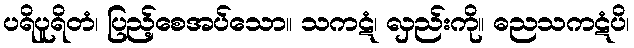
ပရိပူရိတံ၊ ပြည့်စေအပ်သော။ သကဋံ၊ လှည်းကို။ ဓညသကဋံပိ၊